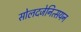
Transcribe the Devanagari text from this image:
सोलदजेनित्सयन